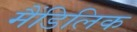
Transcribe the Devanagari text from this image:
मैंडिलिक